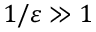
1 / \varepsilon \gg 1